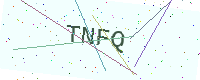
Text: TNFQ